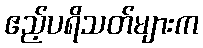
ဧည့်ပရိသတ်များက